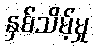
နှစ်သိမ့်မှု